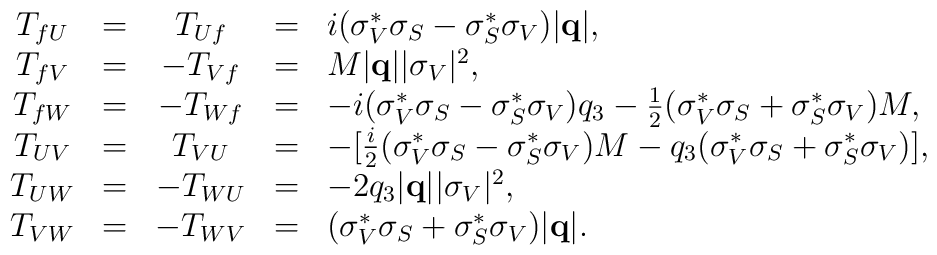
\begin{array}{ccccl}T_{fU}&=&T_{Uf}&=&i(\sigma_V^{\ast}\sigma_S-\sigma_S^{\ast}\sigma_V)\mbox{$\left| {\bf q} \right|$},  \\T_{fV}&=&-T_{Vf}&=&M\mbox{$\left| {\bf q} \right|$}|\sigma_V|^2,  \\T_{fW}&=&-T_{Wf}&=&-i(\sigma_V^{\ast}\sigma_S-\sigma_S^{\ast}\sigma_V)q_3          -\frac{1}{2}(\sigma_V^{\ast}\sigma_S+\sigma_S^{\ast}\sigma_V)M,  \\T_{UV}&=&T_{VU}&=&-       [\frac{i}{2}(\sigma_V^{\ast}\sigma_S-\sigma_S^{\ast}\sigma_V)M                 -q_3(\sigma_V^{\ast}\sigma_S+\sigma_S^{\ast}\sigma_V)],  \\T_{UW}&=&-T_{WU}&=&-2q_3\mbox{$\left| {\bf q} \right|$}|\sigma_V|^2, \\T_{VW}&=&-T_{WV}&=&(\sigma_V^{\ast}\sigma_S+\sigma_S^{\ast}\sigma_V)\mbox{$\left| {\bf q} \right|$}.\end{array}